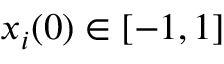
x _ { i } ( 0 ) \in [ - 1 , 1 ]